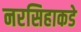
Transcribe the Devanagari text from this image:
नरसिहाकडे